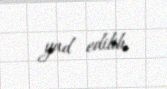
yad edilib.